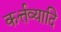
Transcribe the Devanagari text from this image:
कर्त्तव्यादि